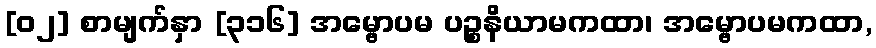
[၀၂] စာမျက်နှာ [၃၁၆] အမ္ဗောပမ ပဉ္စနိယာမကထာ၊ အမ္ဗောပမကထာ,